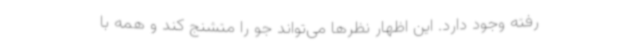
رفته وجود دارد. این اظهار نظرها می‌تواند جو را متشنج کند و همه با